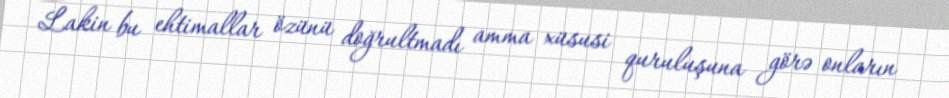
Lakin bu ehtimallar özünü doğrultmadı amma xüsusi quruluşuna görə onların